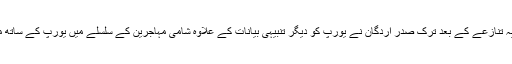
یاد رہے کہ یورپ کے ساتھ ترکی کے حالیہ تنازعے کے بعد ترک صدر اردگان نے یورپ کو دیگر تنبیہی بیانات کے علاوہ شامی مہاجرین کے سلسلے میں یورپ کے ساتھ معاہدے کو ختم کرنے کا عندیہ بھی دیا ہے۔